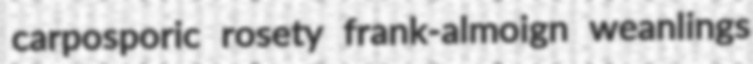
carposporic rosety frank-almoign weanlings